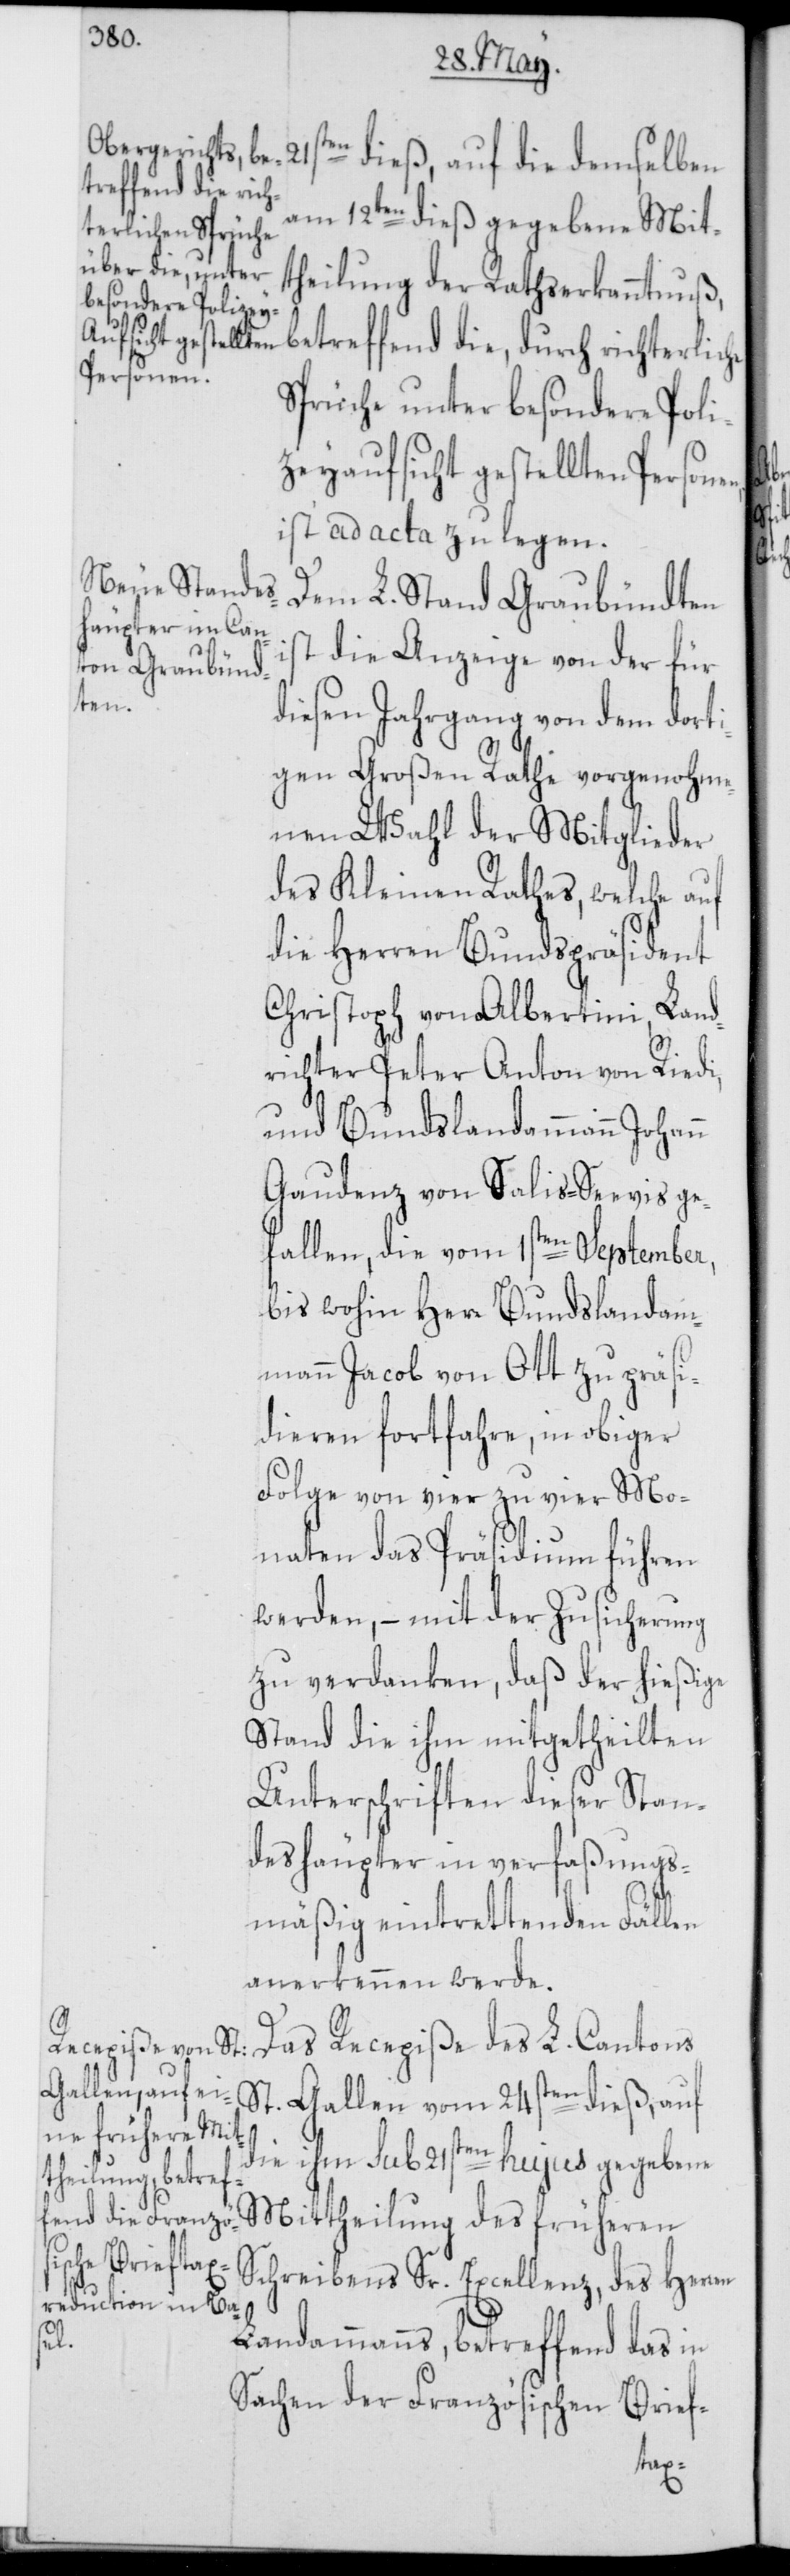
am 12ten dieß gegebene Mit¬
theilung der Rathserkanntnuß,
betreffend die, durch richterliche
Sprüche unter besondere Poli¬
zeyaufsicht gestellten Person¬
ist ad acta zu legen.
Dem L. Stand Graubündten
die Anzeige von der für
diesen Jahrgang von dem dorti¬
gen Großen Rathe vorgenohme¬
nen Wahl der Mitglieder
des Kleinen Rathes, welche auf
die Herren Bundespräsident
Christoph von Albertini, Land¬
richter Peter Anton von Riedi,
und Bundslandammann Johann
Gaudenz von Salis-Seevis ge¬
fallen, die vom 1sten September,
bis wohin Herr Bundslandam¬
mann Jacob von Ott zu präsi¬
dieren fortfahre, in obiger
Folge von vier zu vier Mo¬
naten das Präsidium führen
werden, – mit der Zusicherung
zu verdanken, daß der hießige
Stand die ihm mitgetheilten
Unterschriften dieser Stan¬
deshäupter in verfaßungs¬
–
mäßig eintrettenden Fällen
anerkennen werde.
Das Recepiße des L. Cantons
St. Gallen vom 24sten dieß, auf
die ihm sub 21sten hujus gegebene
ten dieß,
Mittheilung des früheren
en,
Schreibens Sr. Excellenz, des Herren
21s¬
Landammanns, betreffend das in
Sachen der Französischen Brief-